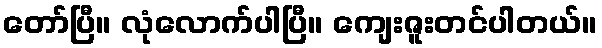
တော်ပြီ။ လုံလောက်ပါပြီ။ ကျေးဇူးတင်ပါတယ်။